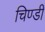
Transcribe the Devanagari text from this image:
चिण्डी